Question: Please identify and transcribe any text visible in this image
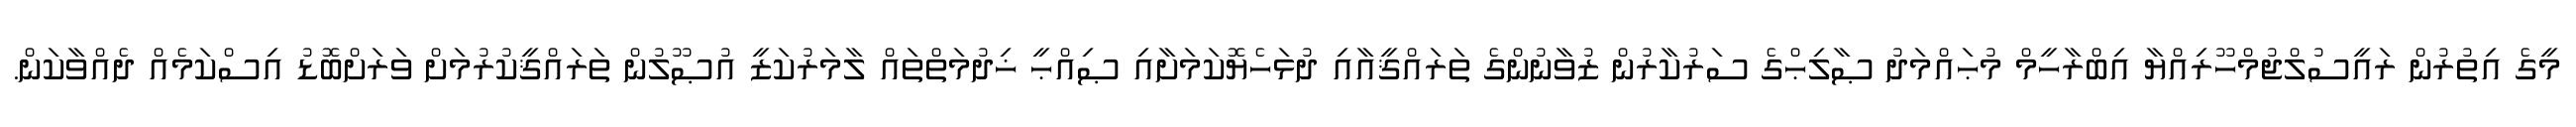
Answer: މީގެ އިތުރުން ރައީސުލްޖުމްހޫރިއްޔާ އިބްރާހީމް މުޙައްމަދު ޞާލިޙްގެ ސަރުކާރުން ޒުވާނުންގެ ތަރައްޤީއާއި ދުޅަހެޔޮކަމަށާއި ޞިއްޙީ ޚިދުމަތްތައް ލާމަރުކަޒީ އުޞޫލުން ތަރައްޤީކުރުމަށް ވަރަށްބޮޑު އިސްކަމެއް ދެއްވާކަން.